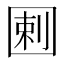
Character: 𡇿